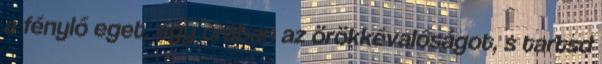
a fénylő eget, egy órában az örökkévalóságot, s tartsd